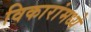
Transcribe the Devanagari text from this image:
विकारांमध्ये